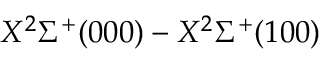
X ^ { 2 } \Sigma ^ { + } ( 0 0 0 ) - X ^ { 2 } \Sigma ^ { + } ( 1 0 0 )